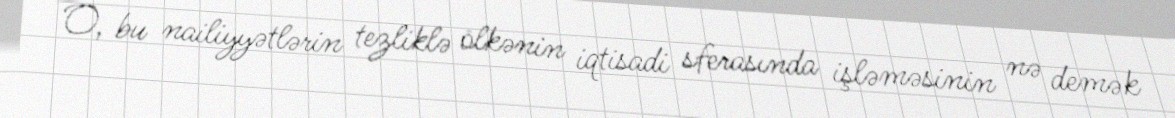
O, bu nailiyyətlərin tezliklə ölkənin iqtisadi sferasında işləməsinin nə demək